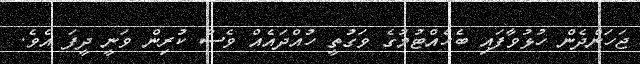
ޖަހަންދެން ހުޅުވާފައި ބެހެއްޓުމުގެ ވަގުތީ ހުއްދައެއް ވެސް ކުރިން ވަނީ ދީފަ އެވެ.